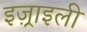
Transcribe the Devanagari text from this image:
इज़्राइली